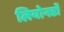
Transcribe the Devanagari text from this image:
लियोनर्डो